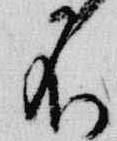
不